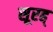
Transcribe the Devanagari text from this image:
सूरह्